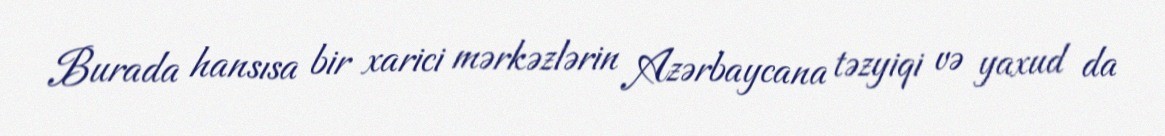
Burada hansısa bir xarici mərkəzlərin Azərbaycana təzyiqi və yaxud da